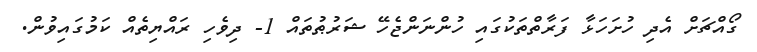
ގޯއްޗަށް އެދި ހުށަހަޅާ ފަރާތްތަކުގައި ހުންނަންޖެހޭ ޝަރުޠުތައް 1- ދިވެހި ރައްޔިތެއް ކަމުގައިވުން.